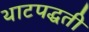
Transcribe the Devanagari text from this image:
थाटपद्धती